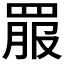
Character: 𦋉